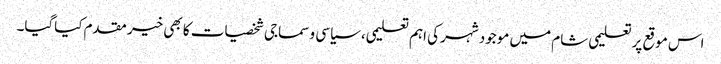
اس موقع پر تعلیمی شام میں موجود شہر کی اہم تعلیمی، سیاسی و سماجی شخصیات کا بھی خیر مقدم کیاگیا۔